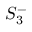
S _ { 3 } ^ { - }